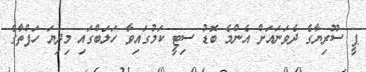
ޕީ ސޫރިޔާގެ ދެވަނައަށް އެންމެ ބޮޑު ސިޓީ ކަމުގައިވާ ހަލަބްގައި މިދިޔަ ހަފްތާގެ